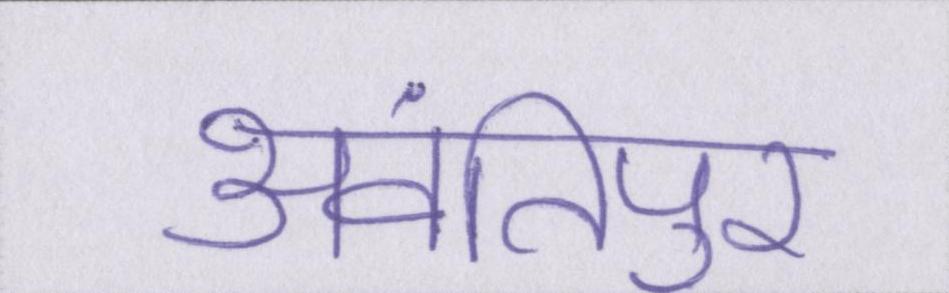
अवंतिपुर